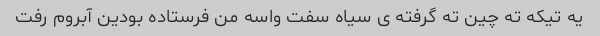
یه تیکه ته چین ته گرفته ى سیاه سفت واسه من فرستاده بودین آبروم رفت